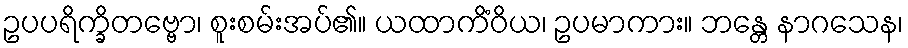
ဥပပရိက္ခိတဗ္ဗော၊ စူးစမ်းအပ်၏။ ယထာကိံဝိယ၊ ဥပမာကား။ ဘန္တေ နာဂသေန၊